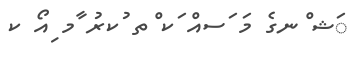
ަޝ ްނގެ މަ ަސއް ަކ ްތ ުކރު ާމ ިއޯ ކ